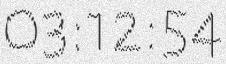
03:12:54